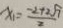
x _ { 1 } = \frac { - 2 + 2 \sqrt { 7 } } { 2 }